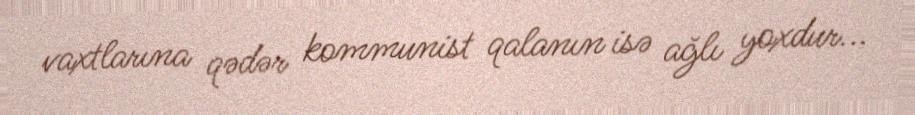
vaxtlarına qədər kommunist qalanın isə ağlı yoxdur...